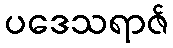
ပဒေသရာဇ်